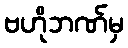
ဗဟိုဘဏ်မှ